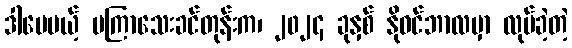
ဒါပေမယ့် မကြာသေးခင်တုန်းက၊ ၂၀၂၄ ခုနှစ် နိုဝင်ဘာလမှာ လုပ်ခဲ့တဲ့